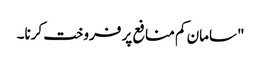
"سامان کم منافع پر فروخت کرنا۔